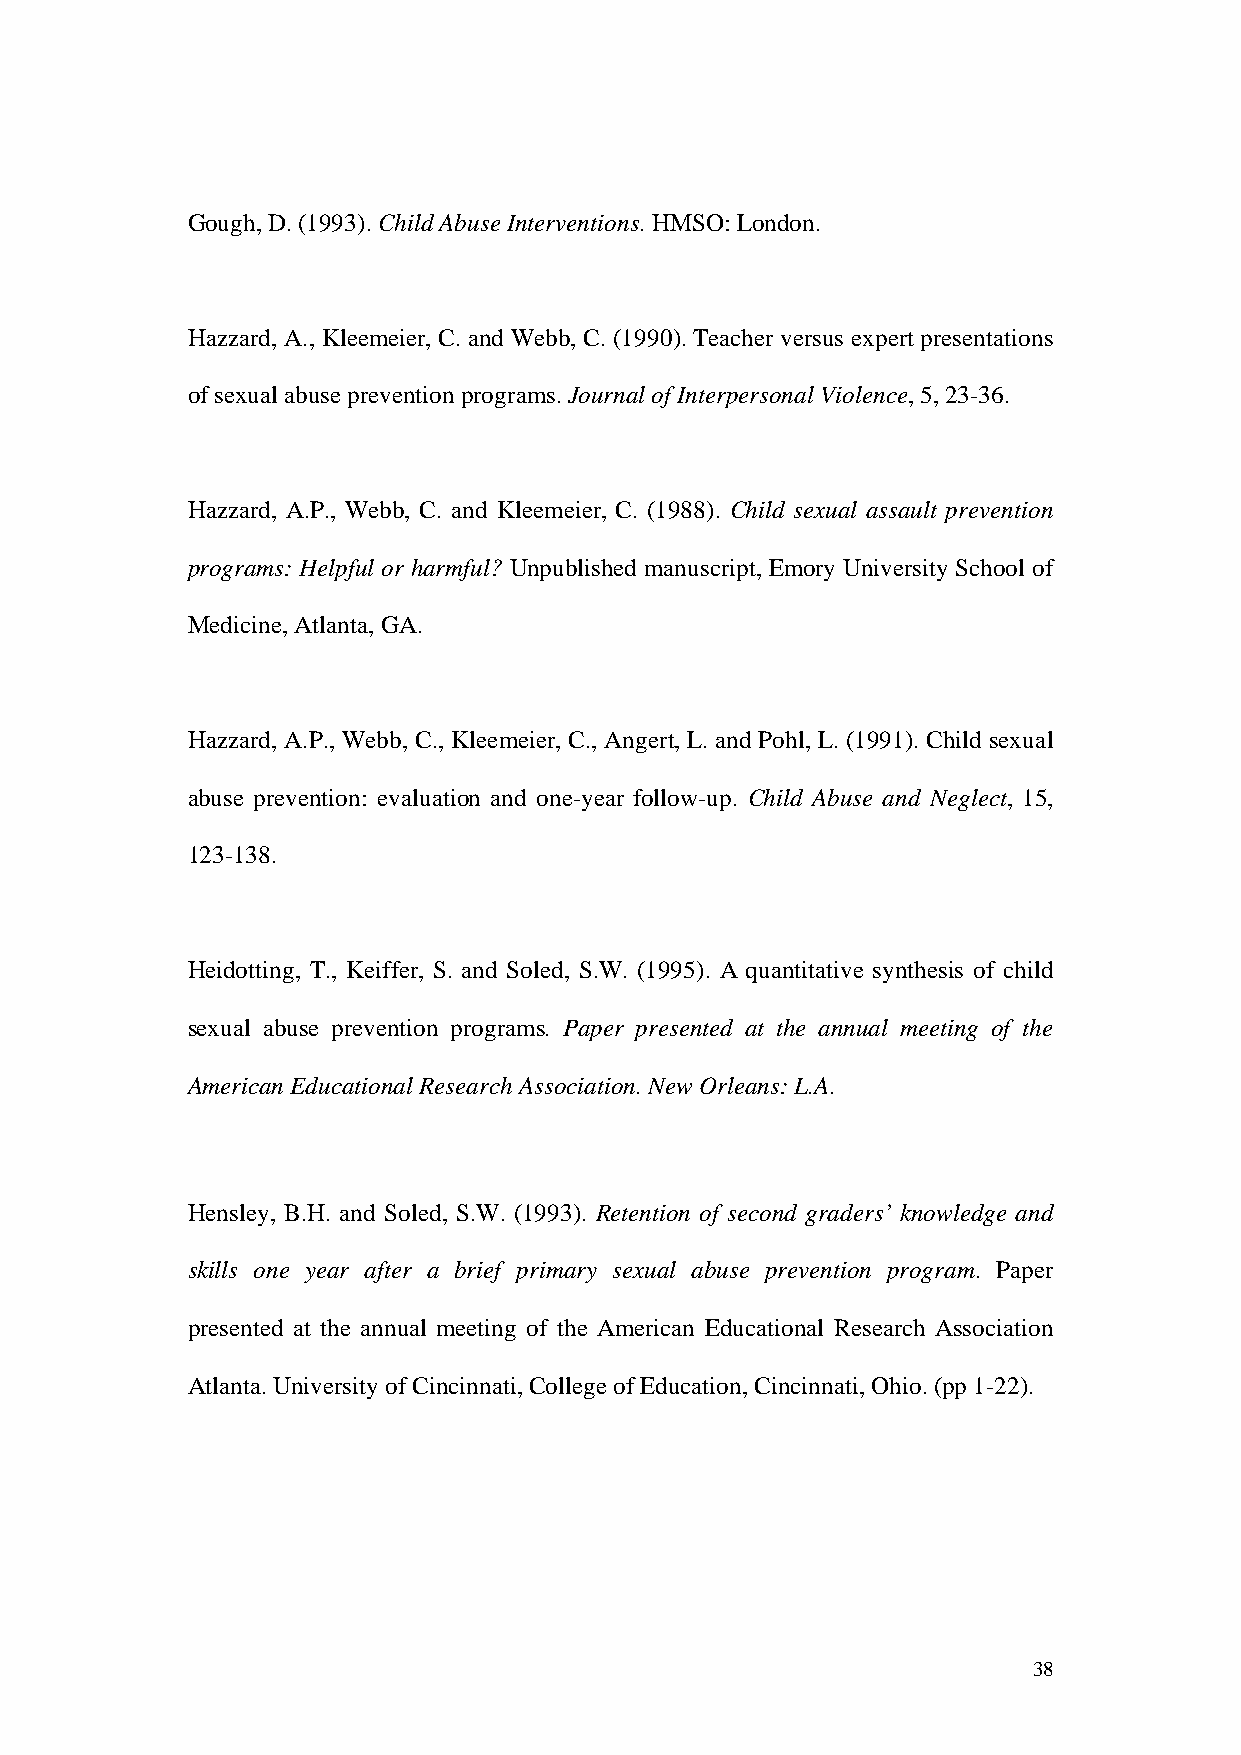
Gough, D. (1993). Child Abuse Interventions. HMSO: London.
 Hazzard, A., Kleemeier, C. and Webb, C. (1990). Teacher versus expert presentations
 of sexual abuse prevention programs. Journal of Interpersonal Violence, 5, 23-36.
 Hazzard, A.P., Webb, C. and Kleemeier, C. (1988). Child sexual assault prevention
 programs: Helpful or harmful? Unpublished manuscript, Emory University School of
 Medicine, Atlanta, GA.
 Hazzard, A.P., Webb, C., Kleemeier, C., Angert, L. and Pohl, L. (1991). Child sexual
 abuse prevention: evaluation and one-year follow-up. Child Abuse and Neglect, 15,
 123-138.
 Heidotting, T., Keiffer, S. and Soled, S.W. (1995). A quantitative synthesis of child
 sexual abuse prevention programs. Paper presented at the annual meeting of the
 American Educational Research Association. New Orleans: L.A.
 Hensley, B.H. and Soled, S.W. (1993). Retention of second graders’ knowledge and
 skills one year after a brief primary sexual abuse prevention program. Paper
 presented at the annual meeting of the American Educational Research Association
 Atlanta. University of Cincinnati, College of Education, Cincinnati, Ohio. (pp 1-22).
 38